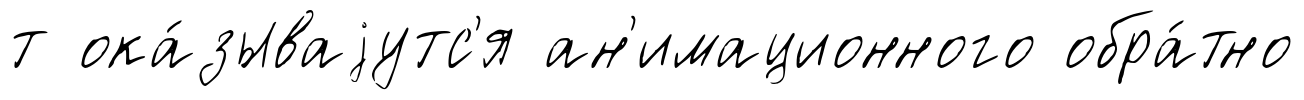
т ока́зываjутс'я ан'имационного обра́тно